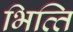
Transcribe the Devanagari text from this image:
भित्‍ति